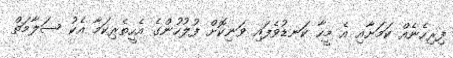
ފިރިހެނެއް ކަމަށާއި އެ މީހާ ކަނޑުވެފައި ވަނިކޮށް ފުލުހުންގެ އެހީތެރިކަމާ އެކު ސަލާމަތް